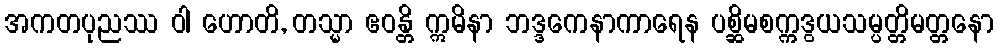
အကတပုညဿ ဝါ ဟောတိ, တသ္မာ ဧဝန္တိ ဣမိနာ ဘဒ္ဒကေနာကာရေန ပစ္ဆိမစက္ကဒွယသမ္ပတ္တိမတ္တနော